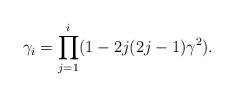
LaTeX: \begin{align*}\gamma_{i}=\prod_{j=1}^{i}(1-2j(2j-1)\gamma^{2}).\end{align*}